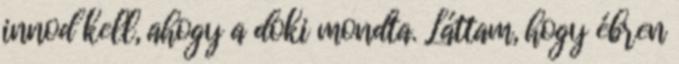
innod kell, ahogy a doki mondta. Láttam, hogy ébren